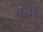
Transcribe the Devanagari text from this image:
चंदी